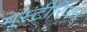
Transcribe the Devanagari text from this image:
मूस्टीरियन